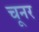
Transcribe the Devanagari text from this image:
चूनर